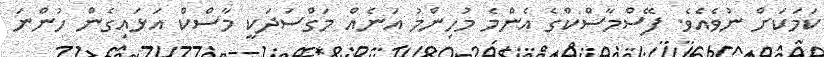
ކަމަކަށް ނުވެއެވެ. ފޭސްމާސްކްގެ އެންމެ މުހިންމު އަނެއް މަގްސަދަކީ މާސްކް އަޅައިގެން ހުންނަ